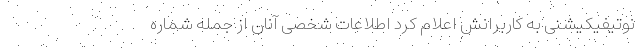
نوتیفیکیشنی به کاربرانش اعلام کرد اطلاعات شخصی آنان از جمله شماره